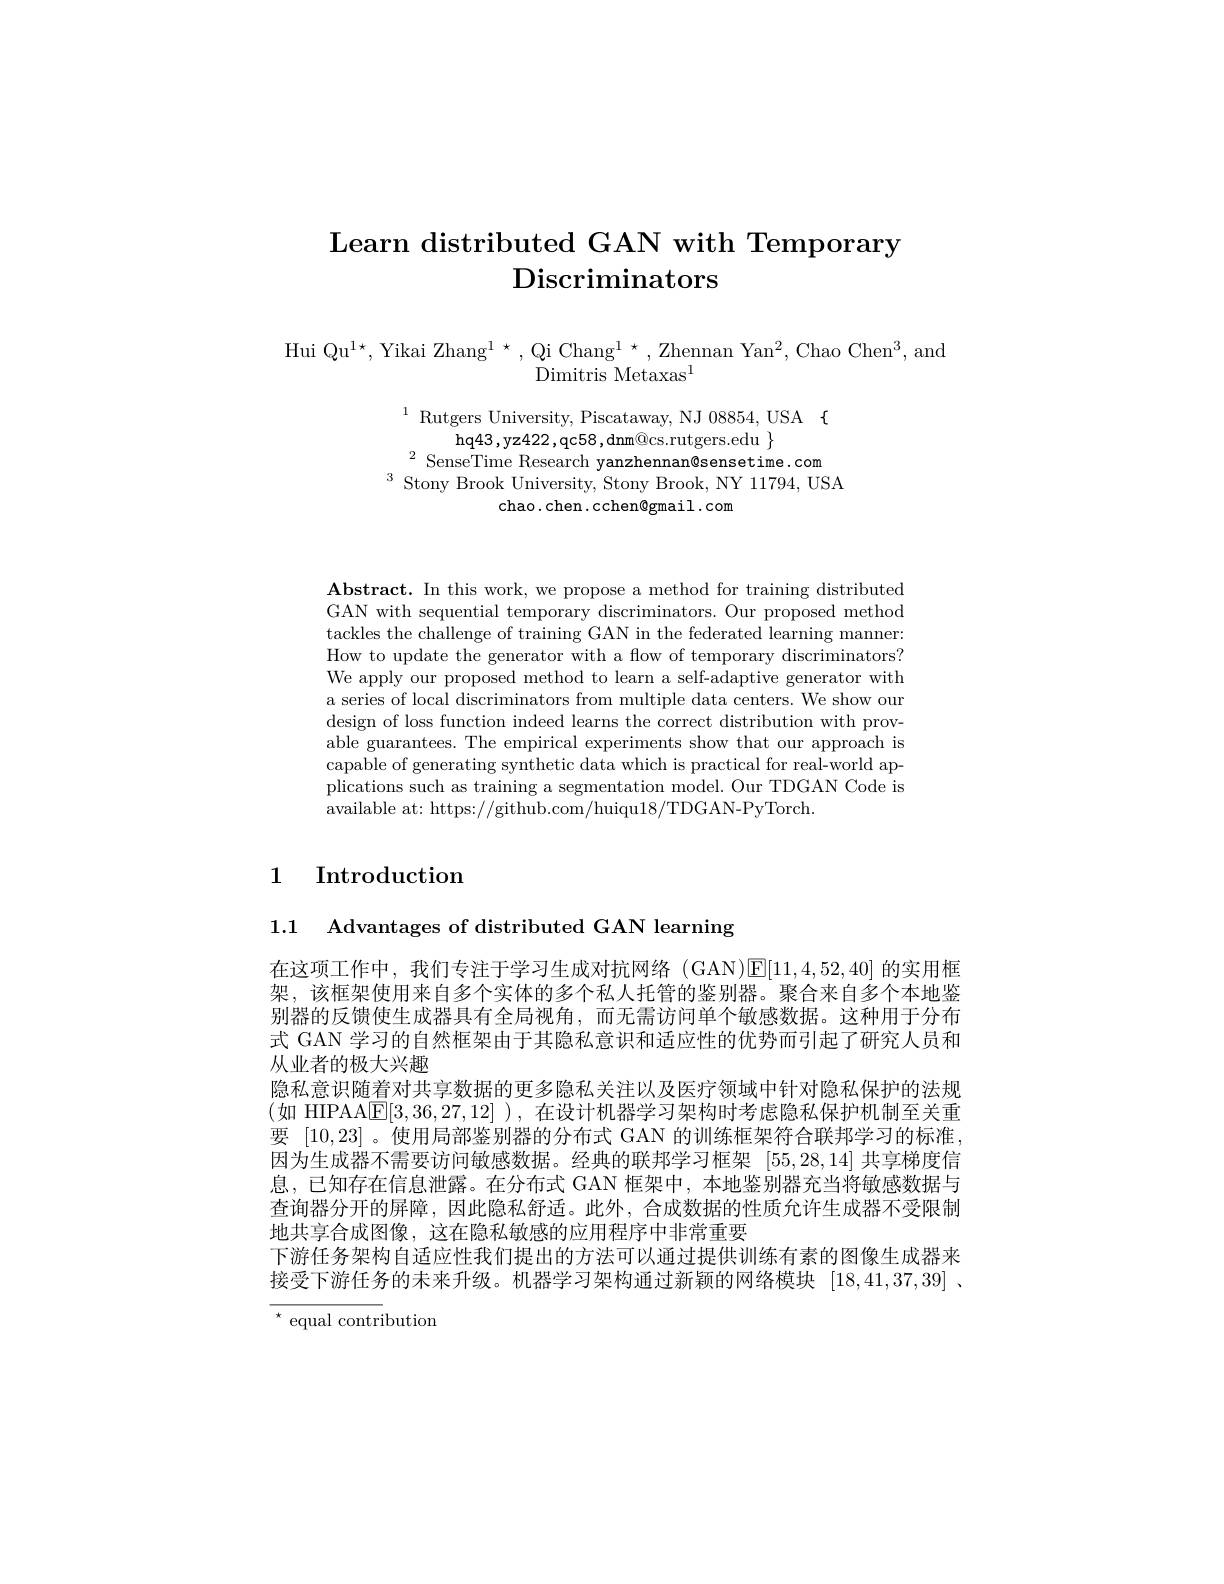
# Learn distributed GAN with Temporary $\textbf{Discriminators}$

Hui Qu$^1\star$, Yikai Zhang$^1\star$,Qi Chang$^1\star$,Zhennan Yan$^2$,Chao Chen$^3$,and
Dimitris Metaxas$^{\mathrm{l}}$

$^{1}$Rutgers University, Piscataway, NJ 08854, USA $\{$
hq43, yz422, qc58, dnm@ cs. rutgers. edu $\}$
$^{2}$ SenseTime Research yanzhennan@sensetime.com
$^{3}$ Stony Brook University, Stony Brook, NY 11794, USA
chao.chen.cchen@gmail.com

Abstract. In this work, we propose a method for training distributed GAN with sequential temporary discriminators. Our proposed method tackles the challenge of training GAN in the federated learning manner: How to update the generator with a flow of temporary discriminators? We apply our proposed method to learn a self-adaptive generator with a series of local discriminators from multiple data centers. We show our design of loss function indeed learns the correct distribution with provable guarantees. The empirical experiments show that our approach is capable of generating synthetic data which is practical for real-world applications such as training a segmentation model. Our TDGAN Code is available at: https://github.com/huiqu18/TDGAN-PyTorch.

## 1 Introduction

1.1 Advantages of distributed GAN learning

在这项工作中，我们专注于学习生成对抗网络(GAN)$\boxed{\mathrm{E}}[11,4,52,40]$的实用框架，该框架使用来自多个实体的多个私人托管的鉴别器。聚合来自多个本地鉴别器的反馈使生成器具有全局视角，而无需访问单个敏感数据。这种用于分布式 GAN 学习的自然框架由于其隐私意识和适应性的优势而引起了研究人员和从业者的极大兴趣
隐私意识随着对共享数据的更多隐私关注以及医疗领域中针对隐私保护的法规(如 HIPAAlE[3,36,27,12] ),在设计机器学习架构时考虑隐私保护机制至关重要[10,23] 。使用局部鉴别器的分布式 GAN 的训练框架符合联邦学习的标准， 因为生成器不需要访问敏感数据。经典的联邦学习框架[55,28,14]共享梯度信息，已知存在信息泄露。在分布式 GAN 框架中，本地鉴别器充当将敏感数据与查询器分开的屏障，因此隐私舒适。此外，合成数据的性质允许生成器不受限制地共享合成图像，这在隐私敏感的应用程序中非常重要
下游任务架构自适应性我们提出的方法可以通过提供训练有素的图像生成器来接受下游任务的未来升级。机器学习架构通过新颖的网络模块[18,41,37,39] 、

$^{\star}$ equal contribution